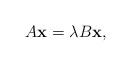
LaTeX: \begin{align*}A{\bf x} = \lambda B {\bf x},\end{align*}